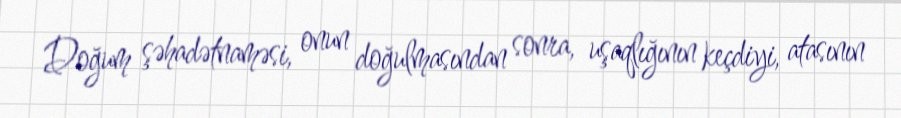
Doğum şəhadətnaməsi, onun doğulmasından sonra, uşaqlığının keçdiyi, atasının